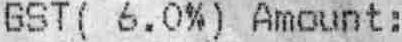
GST (6.0%) AMOUNT :